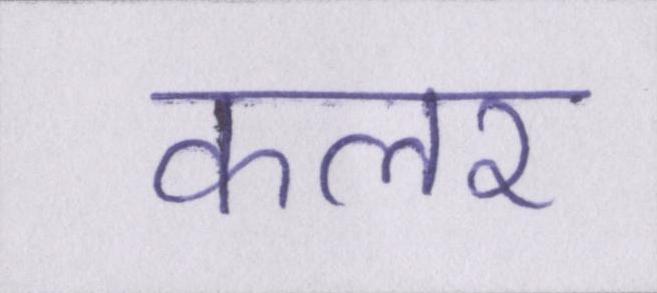
कलर